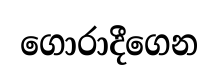
ගොරාදීගෙන